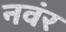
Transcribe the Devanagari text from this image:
नवंर